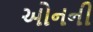
ઓનની